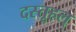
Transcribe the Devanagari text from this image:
दस्तूहल्